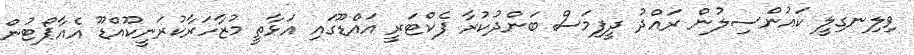
ވިލިނގިލީ ކައުންސިލުން ރައްދު ދީފިމަސް ބަންދުކުރާ ފެކްޓަރީ އައްޑޫގައި އަޅާތީ މުޒާހަރާކުރަނީކޫއްޑޫ އެއާޕޯޓުން